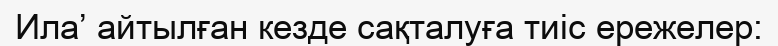
Ила’ айтылған кезде сақталуға тиіс ережелер: